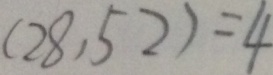
( 2 8 , 5 2 ) = 4